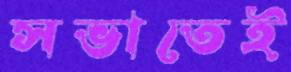
সভাতেই